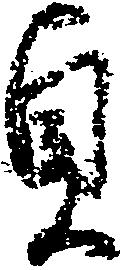
貞